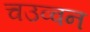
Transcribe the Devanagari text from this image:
चउव्वन